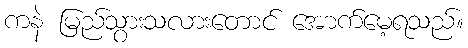
ကနဲ မြည်သွားသလားတောင် အောက်မေ့ရသည်။